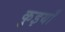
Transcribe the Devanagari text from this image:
कुइयाँ